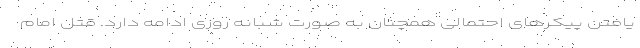
یافتن پیکرهای احتمالی همچنان به صورت شبانه روزی ادامه دارد. قتل امام